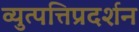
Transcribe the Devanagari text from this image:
व्युत्पत्तिप्रदर्शन